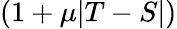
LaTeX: (1+\mu|T-S|)